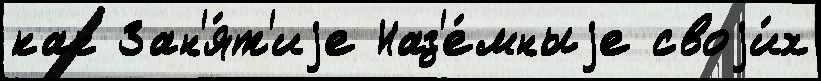
как Зан'я́т'иjе Наз'е́мныjе своjи́х